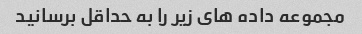
مجموعه داده های زیر را به حداقل برسانید